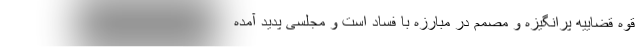
قوه قضاییه پرانگیزه و مصمم در مبارزه با فساد است و مجلسی پدید آمده